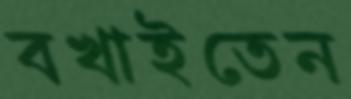
বখাইতেন